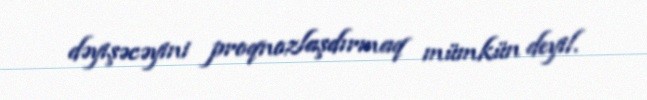
dəyişəcəyini proqnozlaşdırmaq mümkün deyil.